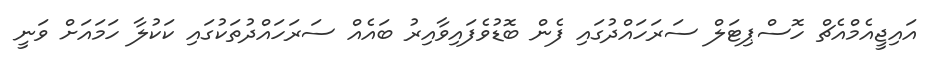
އައިޖީއެމްއެޗް ހޮސްޕިޓަލް ސަރަހައްދުގައި ފެން ބޮޑުވެފައިވާއިރު ބައެއް ސަރަހައްދުތަކުގައި ކަކުލާ ހަމައަށް ވަނީ